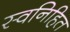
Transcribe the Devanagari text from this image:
स्वनिहित